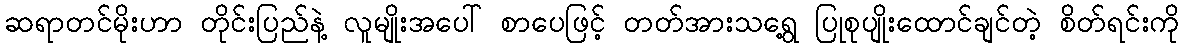
ဆရာတင်မိုးဟာ တိုင်းပြည်နဲ့ လူမျိုးအပေါ် စာပေဖြင့် တတ်အားသရွေ့ ပြုစုပျိုးထောင်ချင်တဲ့ စိတ်ရင်းကို